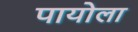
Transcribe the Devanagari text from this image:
पायोला